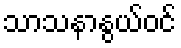
သာသနာနွယ်ဝင်